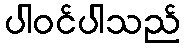
ပါဝင်ပါသည်